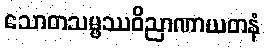
သောတသမ္ဖဿဝိညာဏာယတနံ